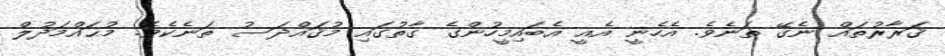
ޤަރާރުތައް ނެގޭ ތަނެވެ. އެހެނީ އެއީ އެބައިމީހުންގެ ގާތުގައި މުޤައްދަސު ތަނެކެވެ. މުޙައްމަދުލް